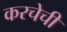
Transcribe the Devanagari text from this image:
करचेची